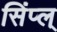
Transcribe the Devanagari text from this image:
सिंप्ल्